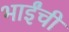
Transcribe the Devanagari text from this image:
भाईंची